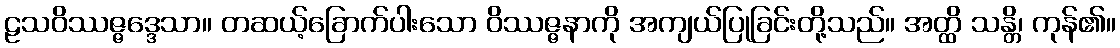
ဠသဝိဿဇ္ဇဒ္ဒေသာ။ တဆယ့်ခြောက်ပါးသော ဝိဿဇ္ဇနာကို အကျယ်ပြုခြင်းတို့သည်။ အတ္ထိ သန္တိ၊ ကုန်၏။